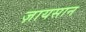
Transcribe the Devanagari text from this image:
ज़ायसान